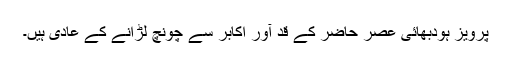
پرویز ہودبھائی عصر حاضر کے قد آور اکابر سے چونچ لڑانے کے عادی ہیں۔